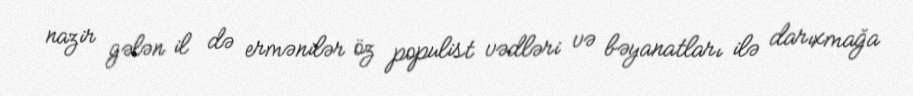
nazir gələn il də ermənilər öz populist vədləri və bəyanatları ilə darıxmağa